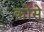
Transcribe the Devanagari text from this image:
कोंसे